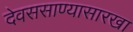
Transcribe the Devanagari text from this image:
देवससाण्यासारखा